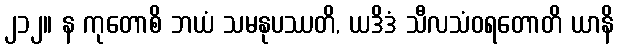
၂၁၂။ န ကုတောစိ ဘယံ သမနုပဿတိ, ယဒိဒံ သီလသံဝရတောတိ ယာနိ